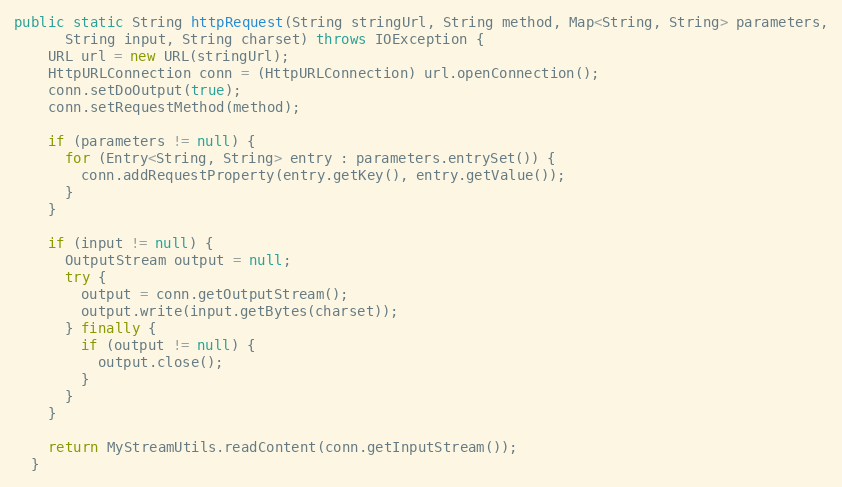
Language: Java
public static String httpRequest(String stringUrl, String method, Map<String, String> parameters,
      String input, String charset) throws IOException {
    URL url = new URL(stringUrl);
    HttpURLConnection conn = (HttpURLConnection) url.openConnection();
    conn.setDoOutput(true);
    conn.setRequestMethod(method);

    if (parameters != null) {
      for (Entry<String, String> entry : parameters.entrySet()) {
        conn.addRequestProperty(entry.getKey(), entry.getValue());
      }
    }

    if (input != null) {
      OutputStream output = null;
      try {
        output = conn.getOutputStream();
        output.write(input.getBytes(charset));
      } finally {
        if (output != null) {
          output.close();
        }
      }
    }

    return MyStreamUtils.readContent(conn.getInputStream());
  }